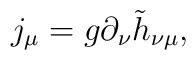
j_\mu=g\partial_\nu\tilde h_{\nu\mu},